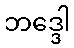
ဘဒ္ဒေါ